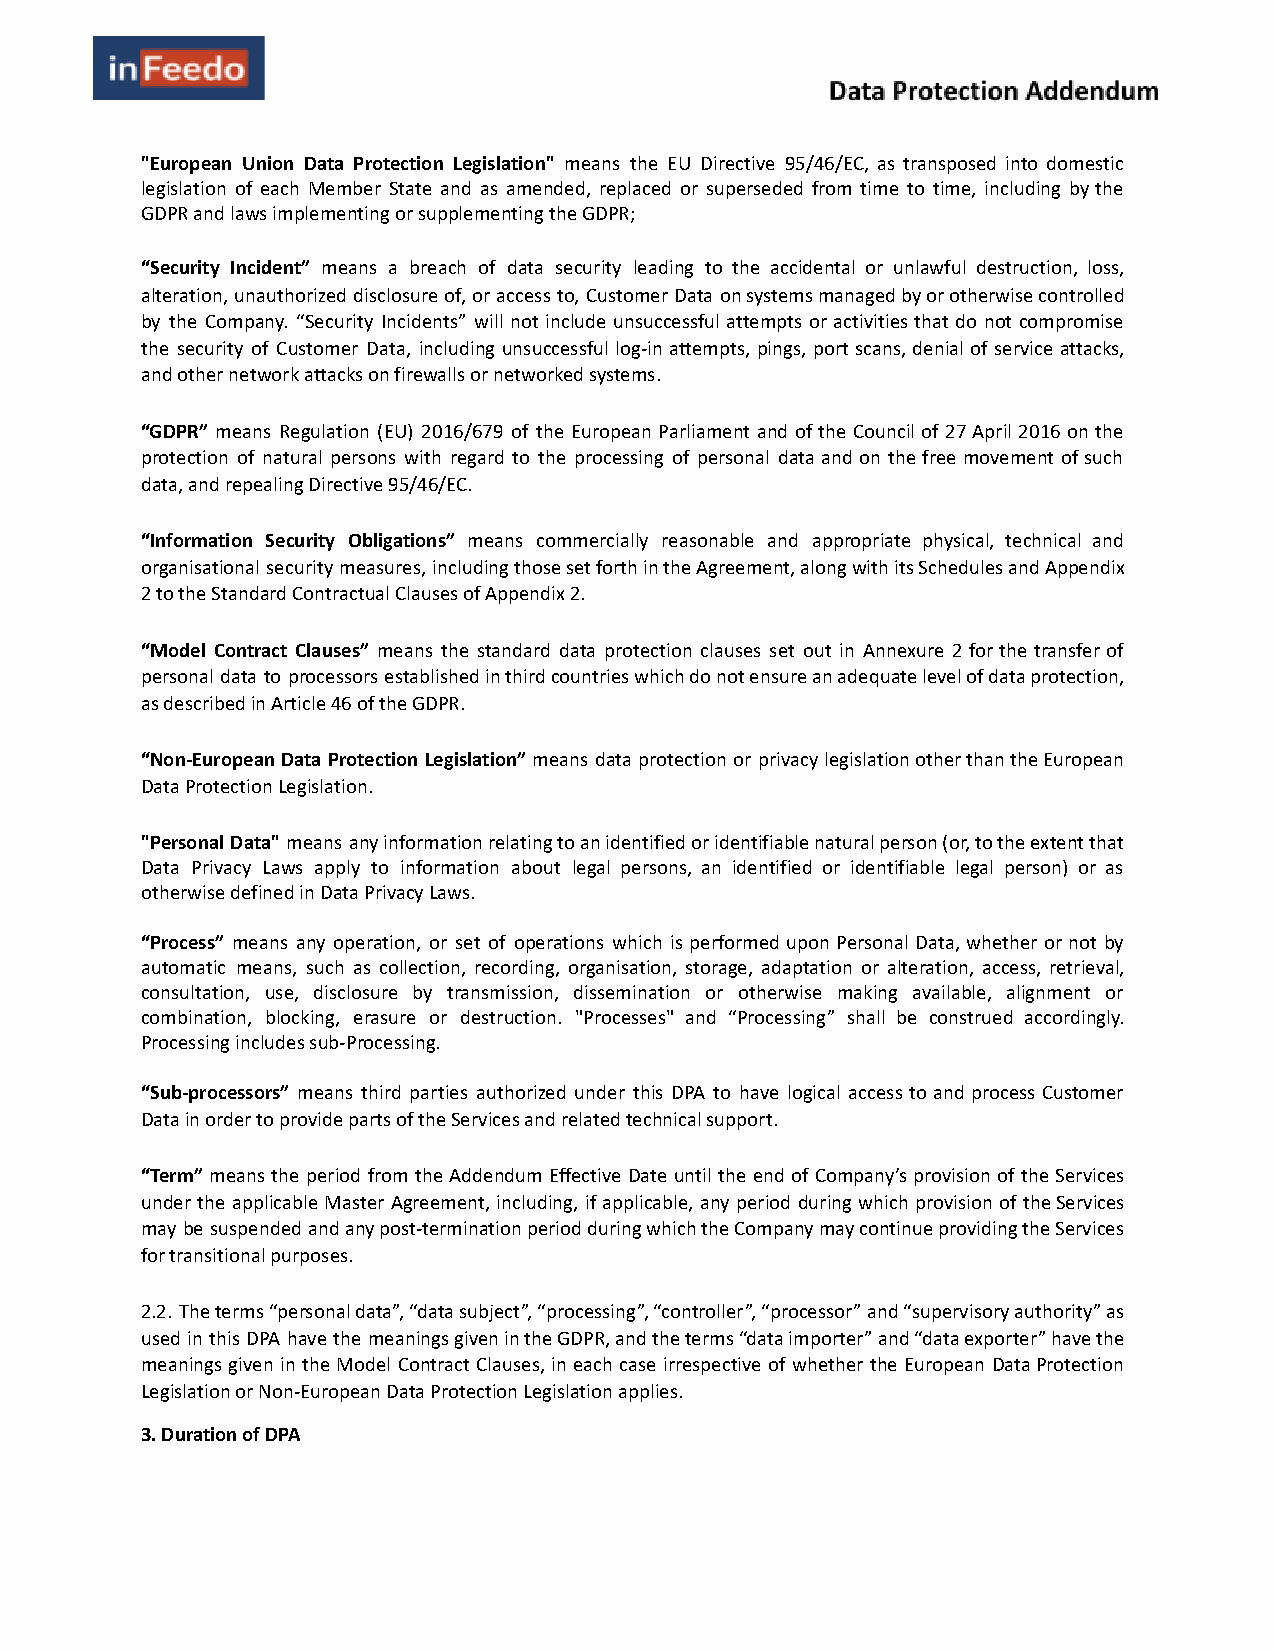
"European Union Data Protection Legislation" means the EU Directive 95/46/EC, as transposed into domestic
 legislation of each Member State and as amended, replaced or superseded from time to time, including by the
 GDPR and laws implementing or supplementing the GDPR;
 “Security Incident” means a breach of data security leading to the accidental or unlawful destruction, loss,
 alteration, unauthorized disclosure of, or access to, Customer Data on systems managed by or otherwise controlled
 by the Company. “Security Incidents” will not include unsuccessful attempts or activities that do not compromise
 the security of Customer Data, including unsuccessful log-in attempts, pings, port scans, denial of service attacks,
 and other network attacks on firewalls or networked systems.
 “GDPR” means Regulation (EU) 2016/679 of the European Parliament and of the Council of 27 April 2016 on the
 protection of natural persons with regard to the processing of personal data and on the free movement of such
 data, and repealing Directive 95/46/EC.
 “Information Security Obligations” means commercially reasonable and appropriate physical, technical and
 organisational security measures, including those set forth in the Agreement, along with its Schedules and Appendix
 2 to the Standard Contractual Clauses of Appendix 2.
 “Model Contract Clauses” means the standard data protection clauses set out in Annexure 2 for the transfer of
 personal data to processors established in third countries which do not ensure an adequate level of data protection,
 as described in Article 46 of the GDPR.
 “Non-European Data Protection Legislation” means data protection or privacy legislation other than the European
 Data Protection Legislation.
 "Personal Data" means any information relating to an identified or identifiable natural person (or, to the extent that
 Data Privacy Laws apply to information about legal persons, an identified or identifiable legal person) or as
 otherwise defined in Data Privacy Laws.
 “Process” means any operation, or set of operations which is performed upon Personal Data, whether or not by
 automatic means, such as collection, recording, organisation, storage, adaptation or alteration, access, retrieval,
 consultation, use, disclosure by transmission, dissemination or otherwise making available, alignment or
 combination, blocking, erasure or destruction. "Processes" and “Processing” shall be construed accordingly.
 Processing includes sub-Processing.
 “Sub-processors” means third parties authorized under this DPA to have logical access to and process Customer
 Data in order to provide parts of the Services and related technical support.
 “Term” means the period from the Addendum Effective Date until the end of Company’s provision of the Services
 under the applicable Master Agreement, including, if applicable, any period during which provision of the Services
 may be suspended and any post-termination period during which the Company may continue providing the Services
 for transitional purposes.
 2.2. The terms “personal data”, “data subject”, “processing”, “controller”, “processor” and “supervisory authority” as
 used in this DPA have the meanings given in the GDPR, and the terms “data importer” and “data exporter” have the
 meanings given in the Model Contract Clauses, in each case irrespective of whether the European Data Protection
 Legislation or Non-European Data Protection Legislation applies.
 3. Duration of DPA